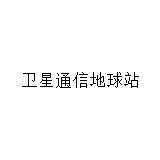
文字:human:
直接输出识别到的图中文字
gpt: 卫星通信地球站